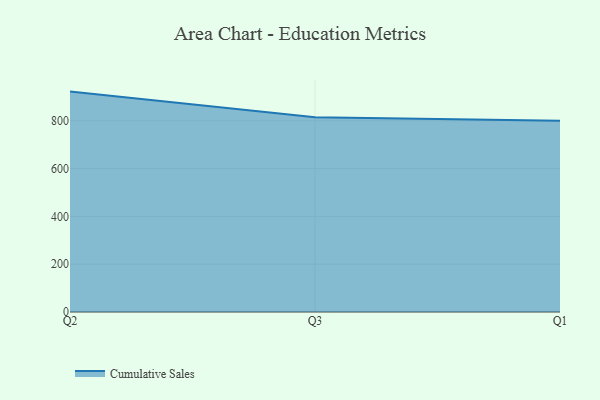
{"axis": {"x": "Quarter", "y": "Population (Million)"}, "legend": ["Cumulative Sales"], "data": [{"x": "Q2", "y": 922.3, "type": "Cumulative Sales"}, {"x": "Q3", "y": 815.1, "type": "Cumulative Sales"}, {"x": "Q1", "y": 800, "type": "Cumulative Sales"}]}